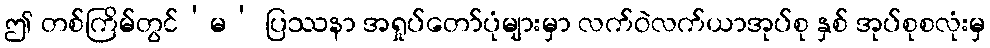
ဤ တစ်ကြိမ်တွင်‘မ’ ပြဿနာ အရှုပ်တော်ပုံများမှာ လက်ဝဲလက်ယာအုပ်စု နှစ် အုပ်စုစလုံးမှ